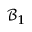
\mathcal { B } _ { 1 }